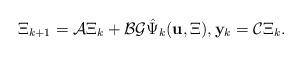
LaTeX: \begin{align*}\Xi_{k+1} = \mathcal{A}\Xi_k + \mathcal{B}\mathcal{G}\hat{\Psi}_k(\mathbf{u},\Xi), \mathbf{y}_k = \mathcal{C}\Xi_k.\end{align*}